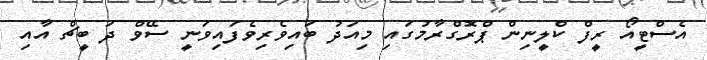
އެސްޓީއޯ ރީފް ކްލީނިން ޕްރޮގްރާމުގައި މިއަދު ބައިވެރިވެފައިވަނީ ސޭވް ދަ ބީޗް އާއި